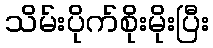
သိမ်းပိုက်စိုးမိုးပြီး